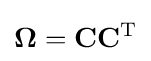
\mathbf {\Omega } =\mathbf {C} \mathbf {C} ^{\mathrm {T} }